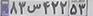
۸۳س۴۲۲۵۳